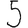
Digit: 5